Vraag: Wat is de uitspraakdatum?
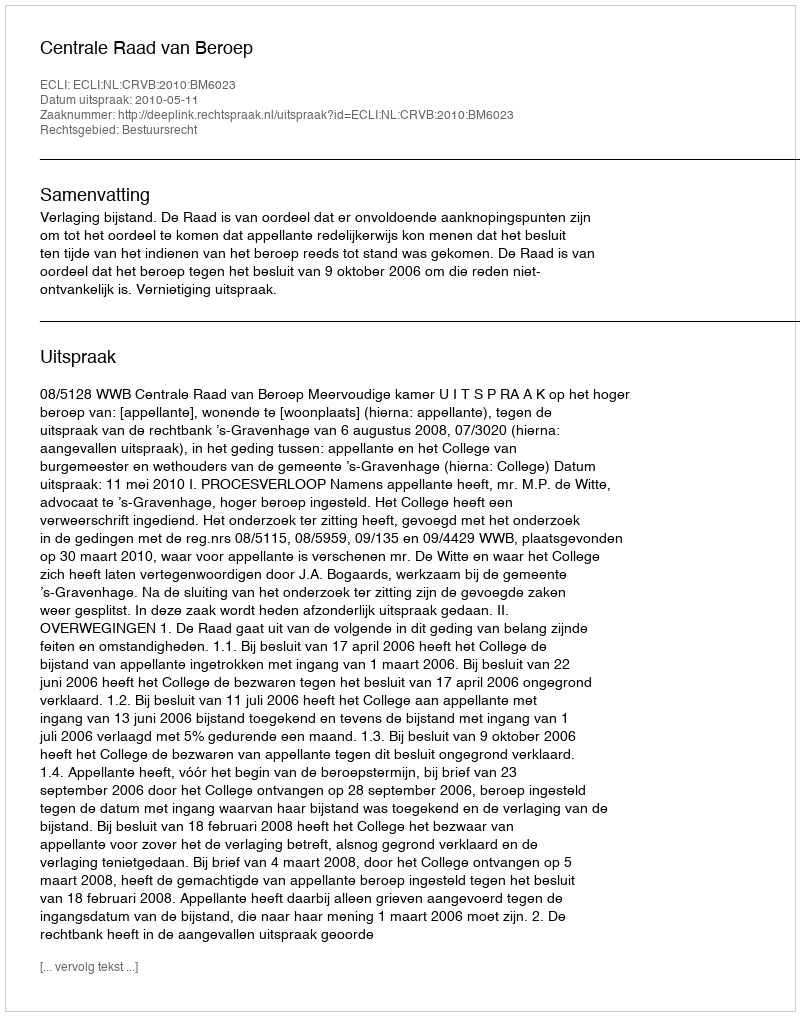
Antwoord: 2010-05-11